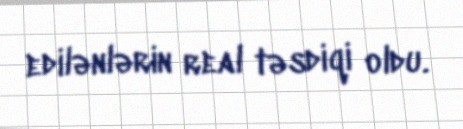
edilənlərin real təsdiqi oldu.